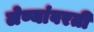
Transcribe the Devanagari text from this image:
लेण्यांवरती